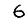
Digit: 6